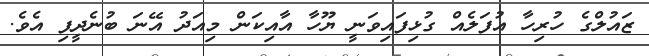
ޒައުލްގެ ހުރިހާ އުފަލެއް ގުޅިފައިވަނީ ޔޫހާ އާއިކަން މިއަދު އޭނަ ބުނެދީފި އެވެ.